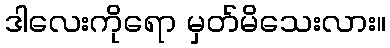
ဒါလေးကိုရော မှတ်မိသေးလား။